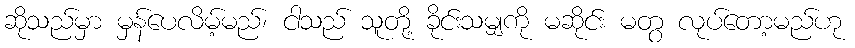
ဆိုသည်မှာ မှန်ပေလိမ့်မည်၊ ငါသည် သူတို့ ခိုင်းသမျှကို မဆိုင်း မတွ လုပ်တော့မည်ဟု